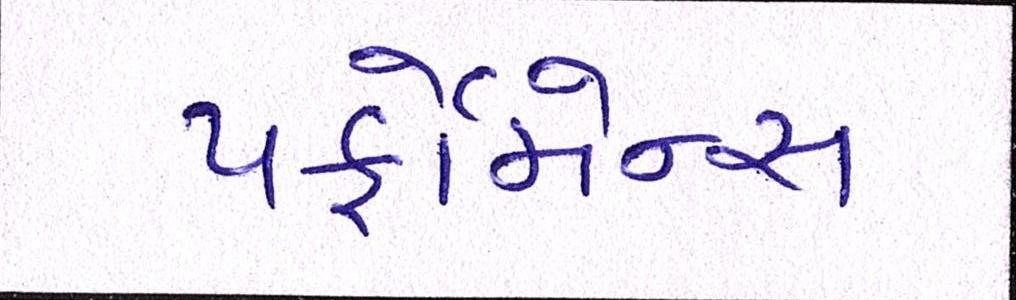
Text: પર્ફોર્મન્સ